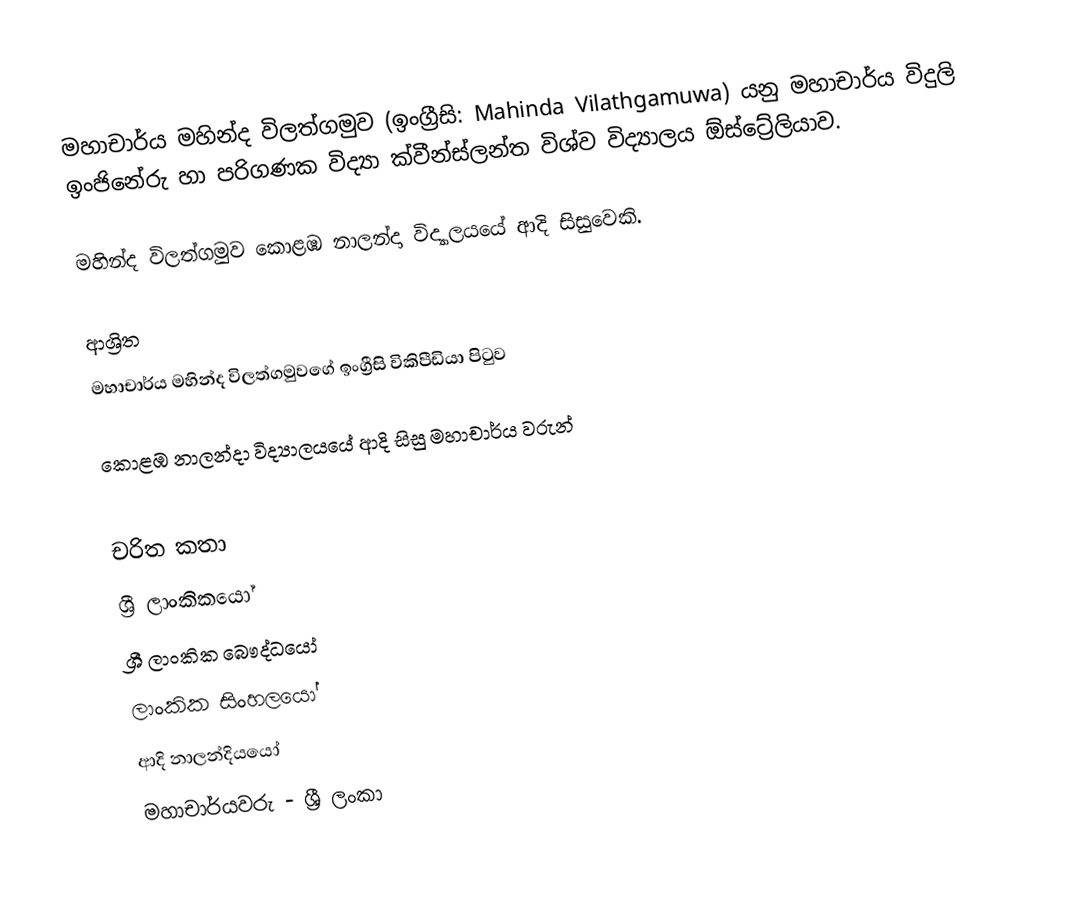
මහාචාර්ය මහින්ද විලත්ගමුව (ඉංග්‍රීසි: Mahinda Vilathgamuwa) යනු  මහාචාර්ය විදුලි ඉංජිනේරු හා පරිගණක විද්‍යා ක්වීන්ස්ලන්ත විශ්ව විද්‍යාලය ඕස්ට්‍රේලියාව.

මහින්ද විලත්ගමුව  කොළඹ නාලන්දා විද්‍යාලයයේ ආදි සිසුවෙකි.

ආශ්‍රිත
  මහාචාර්ය  මහින්ද විලත්ගමුවගේ ඉංග්‍රීසි විකිපීඩියා පිටුව

 කොළඹ නාලන්දා විද්‍යාලයයේ ආදි සිසු මහාචාර්ය වරුන්

චරිත කතා
ශ්‍රී ලාංකිකයෝ
ශ්‍රී ලාංකික බෞද්ධයෝ
ලාංකික සිංහලයෝ
ආදි නාලන්දියයෝ
මහාචාර්යවරු - ශ්‍රී ලංකා